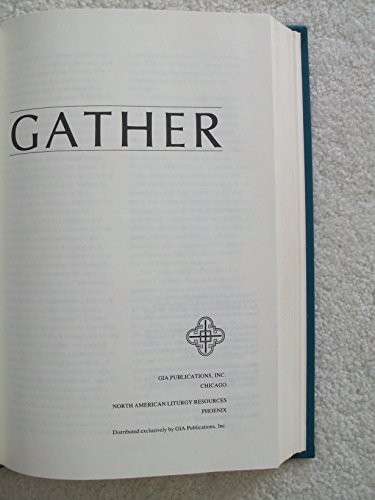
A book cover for Gather Catholic Hymnal; Batastini Robert J; Christian Books & Bibles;